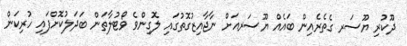
ދޫކުރި ޔޫސަރ ގެތެރެއިން ބައެއް ޔޫސަރއަށް ނާޖާއިޒުގޮތުގައި ލޮގިންވެ ވޯޓުލާތަން ބަދަލުކޮށްފައި ހުރިކަން